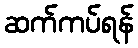
ဆက်ကပ်ရန်